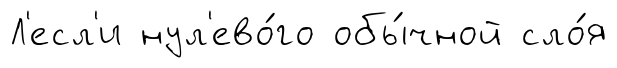
Л'есл'и нул'ево́го обы́чной сло́я